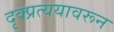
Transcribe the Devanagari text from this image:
दृक्प्रत्ययावरून